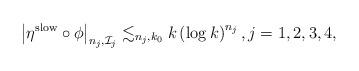
LaTeX: \begin{align*} \left| \eta^{\rm slow} \circ \phi \right|_{n_j,\mathcal{I}_j}\lesssim_{n_j,k_0} k \left( \log k \right)^{n_j},j = 1,2,3,4,\end{align*}